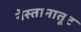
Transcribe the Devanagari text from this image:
नेस्तानातूट